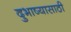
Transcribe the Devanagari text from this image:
दुभाष्यासाठी